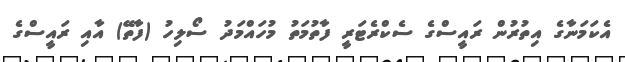
އެކަމަނާގެ އިތުރުން ރައީސްގެ ސެކްރެޓަރީ ފާތުމަތު މުހައްމަދު ސޯލިހު (ފާތޭ) އާއި ރައީސްގެ